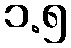
၁.၅